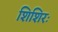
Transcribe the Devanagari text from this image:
शिशिरः